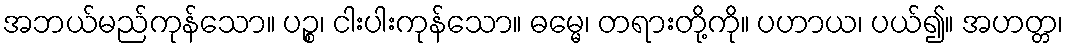
အဘယ်မည်ကုန်သော။ ပဉ္စ၊ ငါးပါးကုန်သော။ ဓမ္မေ၊ တရားတို့ကို။ ပဟာယ၊ ပယ်၍။ အဟတ္တ၊